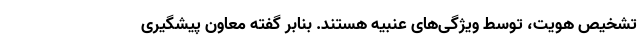
تشخیص هویت، توسط ویژگی‌های عنبیه هستند. بنابر گفته معاون پیشگیری